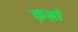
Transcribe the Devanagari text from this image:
क़र्ज़ा